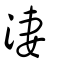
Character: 淒